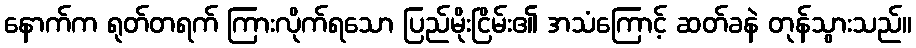
နောက်က ရုတ်တရက် ကြားလိုက်ရသော ပြည်မိုးငြိမ်း၏ အသံကြောင့် ဆတ်ခနဲ တုန်သွားသည်။